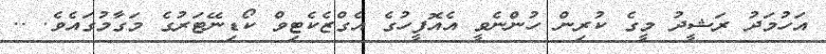
އަހުމަދު ރަޝީދު މީގެ ކުރިން ހުންނެވީ އެއޮފީހުގެ އެގްޒެކެޓިވް ކޯޑިނޭޓަރުގެ މަގާމުގައެވެ. ..